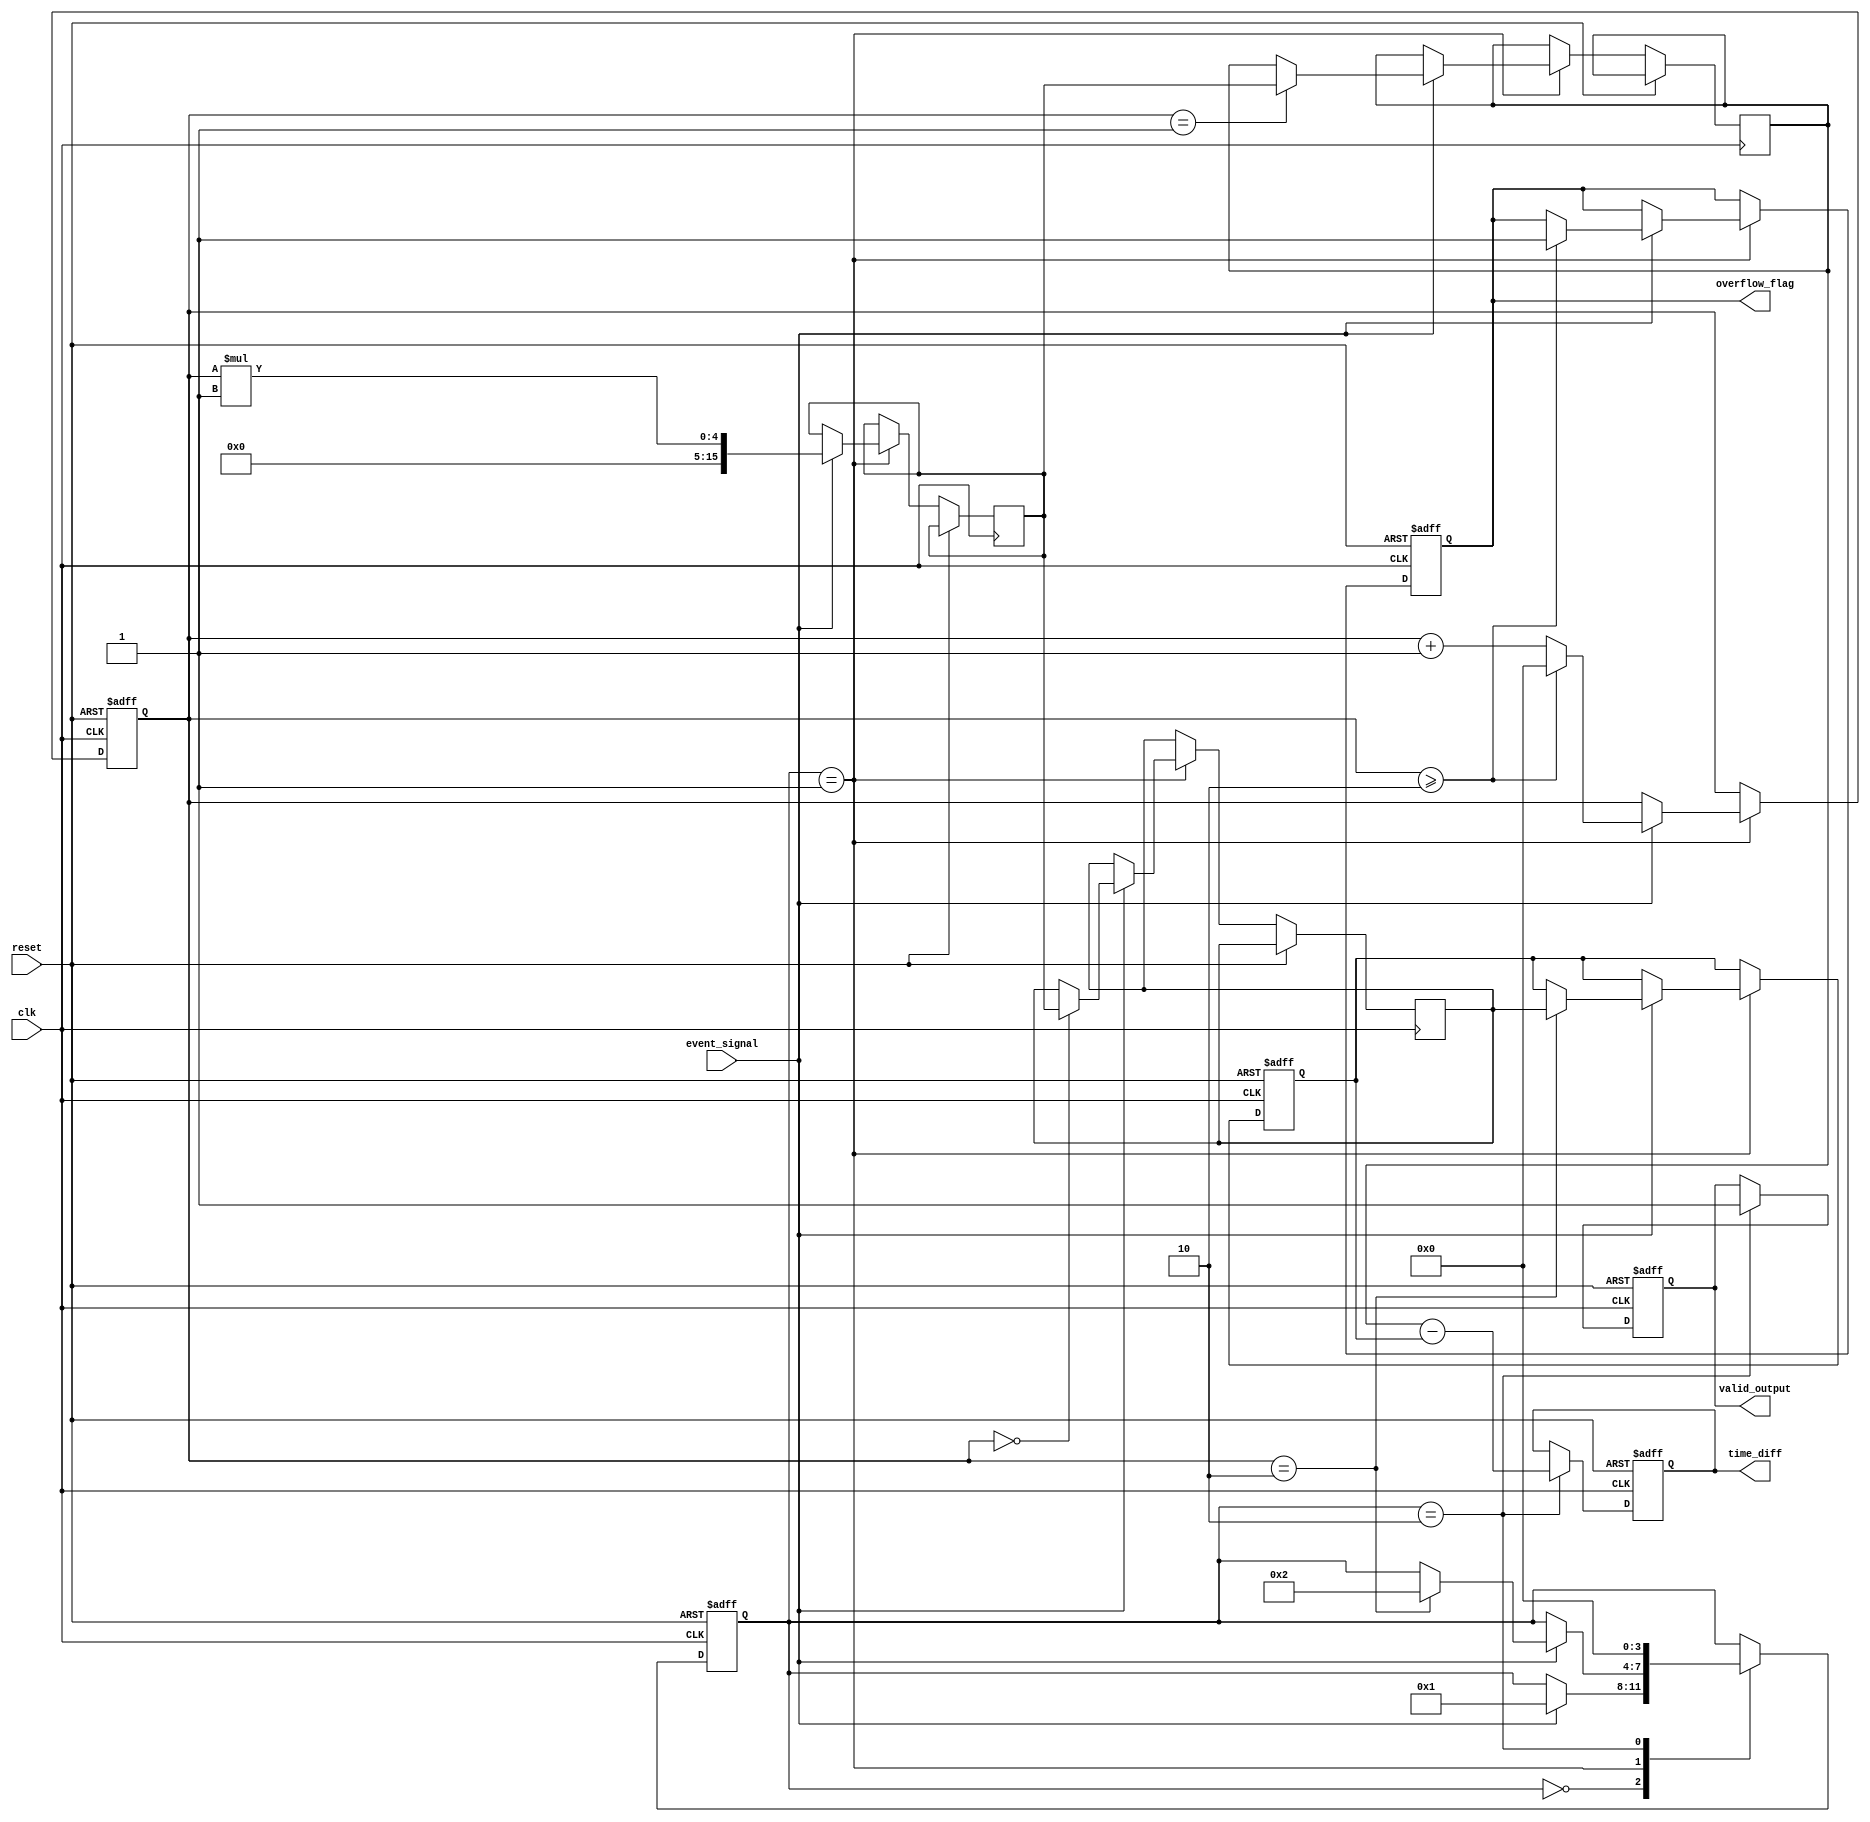
module TDC (
    input wire clk,                  // Main clock
    input wire reset,                // Reset signal
    input wire event_signal,         // Input event signal
    output reg [15:0] time_diff,     // Output time difference
    output reg overflow_flag,         // Overflow flag
    output reg valid_output           // Valid output flag
);

    // Parameters
    parameter MAX_EVENTS = 2;        // Maximum number of events to capture
    parameter MEM_DEPTH = 16;        // Depth of timestamp memory
    parameter TIME_RESOLUTION = 1;   // Time resolution in clock cycles

    // Internal signals
    reg [15:0] timestamp_mem [0:MEM_DEPTH-1]; // Timestamp memory
    reg [3:0] event_count;            // Number of captured events
    reg [15:0] last_timestamp;        // Last captured timestamp
    reg [15:0] current_timestamp;     // Current captured timestamp
    reg capturing;                    // Capture state
    reg [3:0] state;                  // State for FSM

    // State encoding
    localparam IDLE = 0;
    localparam CAPTURING = 1;
    localparam PROCESSING = 2;

    // Event detection and timestamp capture
    always @(posedge clk or posedge reset) begin
        if (reset) begin
            event_count <= 0;
            capturing <= 0;
            valid_output <= 0;
            overflow_flag <= 0;
            last_timestamp <= 0;
            time_diff <= 0;
            state <= IDLE;
        end else begin
            case (state)
                IDLE: begin
                    if (event_signal) begin
                        capturing <= 1;
                        state <= CAPTURING;
                    end
                end

                CAPTURING: begin
                    if (event_signal) begin
                        // Capture current timestamp
                        current_timestamp <= event_count * TIME_RESOLUTION; // Example timestamp logic
                        timestamp_mem[event_count] <= current_timestamp;

                        // Increment event count
                        event_count <= event_count + 1;

                        // Check for overflow
                        if (event_count >= MAX_EVENTS) begin
                            overflow_flag <= 1;
                            event_count <= 0; // Reset event count
                        end

                        // Transition to processing state if two events captured
                        if (event_count == 2) begin
                            last_timestamp <= timestamp_mem[0];
                            state <= PROCESSING;
                        end
                    end
                end

                PROCESSING: begin
                    // Calculate time difference
                    time_diff <= timestamp_mem[1] - last_timestamp;

                    // Set valid output flag
                    valid_output <= 1;

                    // Transition back to idle
                    state <= IDLE;
                end
            endcase
        end
    end

endmodule